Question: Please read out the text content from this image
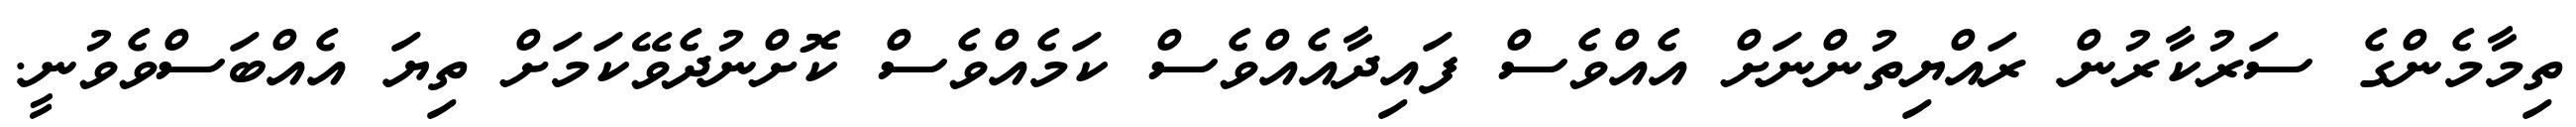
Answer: ތިމާމެންގެ ސަރުކާރުން ރައްޔިތުންނަށް އެއްވެސް ފައިދާއެއްވެސް ކަމެއްވެސް ކޮށްނުދެވޭކަމަށް ތިޔަ އެއްބަސްވެވުނީ.